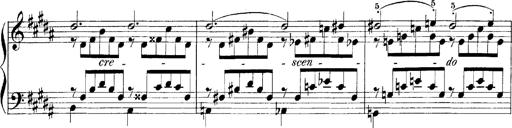
Title: LiebestrÃ¤ume
Composer: Franz Behr
Key: E-flat major